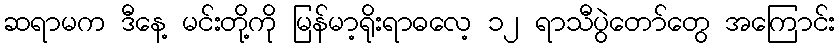
ဆရာမက ဒီနေ့ မင်းတို့ကို မြန်မာ့ရိုးရာဓလေ့ ၁၂ ရာသီပွဲတော်တွေ အကြောင်း